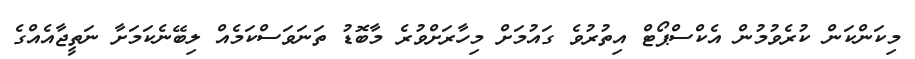
މިކަންކަން ކުރެވުމުން އެކްސްޕޯޓް އިތުރުވެ ގައުމަށް މިހާރަށްވުރެ މާބޮޑު ތަނަވަސްކަމެއް ލިބޭނެކަމަށާ ނަތީޖާއެއްގެ